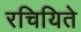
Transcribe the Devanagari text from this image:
रचियिते